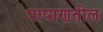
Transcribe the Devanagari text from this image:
पाषाणतील